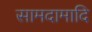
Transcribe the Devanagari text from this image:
सामदामादि